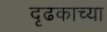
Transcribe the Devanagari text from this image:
दृढकाच्या